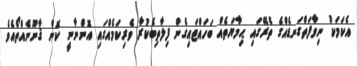
އެކަމަކު ނިވާފަތްގަނޑެއްގެ ތެރޭގަައި ޙިމާޔަތެއް ބަހައްޓައިގެން ފިލާތިބެކުރާ ވެރިކަމެއްގައި އޮންނާނީ ކޮން ޤާނޫނެއްތޯއެވެ